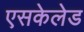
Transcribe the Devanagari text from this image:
एसकेलेड